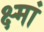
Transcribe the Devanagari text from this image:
क्ष्मां